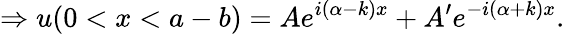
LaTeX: \Rightarrow u(0<x<a-b)=Ae^{i(\alpha-k)x}+A^{\prime}e^{-i(\alpha+k)x}.\,